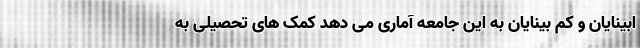
ابینایان و کم بینایان به این جامعه آماری می دهد کمک های تحصیلی به